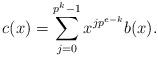
LaTeX: \begin{align*}c(x)=\sum_{j=0}^{p^k-1}x^{jp^{e-k}}b(x).\end{align*}